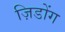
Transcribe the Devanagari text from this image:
ज़िडोंग